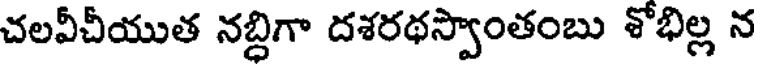
చలవీచీయుత నబ్దిగా దశరథస్వాంతంబు శోభిల్ల న